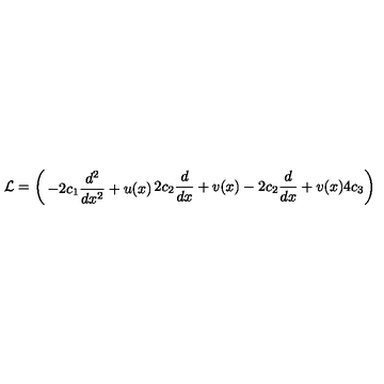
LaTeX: { \cal L } = \left( \begin{matrix} { - 2 c _ { 1 } \displaystyle \frac { d ^ { 2 } } { d x ^ { 2 } } + u ( x ) } & { 2 c _ { 2 } \displaystyle \frac { d } { d x } + v ( x ) \hfill } \\ { \noalign { \smallskip } - 2 c _ { 2 } \displaystyle \frac { d } { d x } + v ( x ) } & { 4 c _ { 3 } \hfill } \\ { \noalign { \smallskip } } \\ \end{matrix} \right)